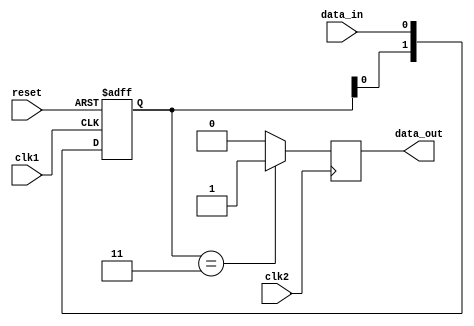
module cascade_synchronizer (
    input wire clk1,
    input wire clk2,
    input wire reset,
    input wire data_in,
    output reg data_out
);
    
reg [1:0] sync_ff;

always @(posedge clk1 or posedge reset) begin
    if (reset)
        sync_ff <= 2'b00;
    else
        sync_ff <= {sync_ff[0], data_in};
end

always @(posedge clk2) begin
    if (sync_ff == 2'b11)
        data_out <= 1'b1;
    else
        data_out <= 1'b0;
end

endmodule